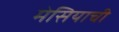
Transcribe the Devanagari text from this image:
मेसियाची